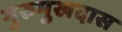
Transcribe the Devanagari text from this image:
गुरुमुखदास